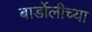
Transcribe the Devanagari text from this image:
बार्डोलीच्या